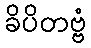
ခိပိတဗ္ဗံ